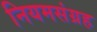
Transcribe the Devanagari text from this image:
नियमसंग्रह